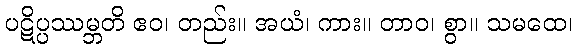
ပဋိပ္ပဿမ္ဘတိ ဧဝ၊ တည်း။ အယံ၊ ကား။ တာဝ၊ စွာ။ သမထေ၊